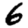
Digit: 6